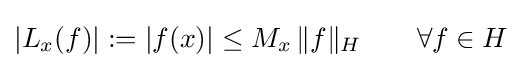
|L_{x}(f)|:=|f(x)|\leq M_{x}\,\|f\|_{H}\qquad \forall f\in H